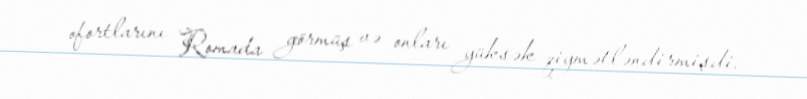
ofortlarını Romada görmüş və onları yüksək qiymətləndirmişdi.